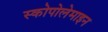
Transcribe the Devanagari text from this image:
स्कोपोलेमाइन